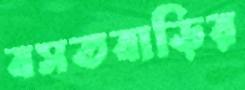
বসতবাড়ির